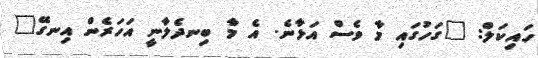
ހައިކަލް: "ގަހުގައި މާ ވެސް އަޅާނެ. އެ މާ ބިނދެލާނީ އަހަރެން އިނގޭ"